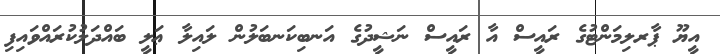
އީޔޫ ޕާރލިމަންޓުގެ ރައީސް އާ ރައީސް ނަޝީދުގެ އަނބިކަނބަލުން ލައިލާ ޢަލީ ބައްދަލުކުރައްވައިފި